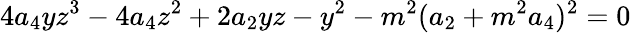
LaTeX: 4a_{4}yz^{3}-4a_{4}z^{2}+2a_{2}yz-y^{2}-m^{2}(a_{2}+m^{2}a_{4})^{2}=0